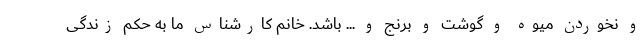
و نخوردن میوه و گوشت و برنج و ... باشد. خانم کارشناس ما به حکم زندگی